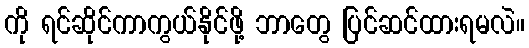
ကို ရင်ဆိုင်ကာကွယ်နိုင်ဖို့ ဘာတွေ ပြင်ဆင်ထားရမလဲ။